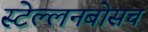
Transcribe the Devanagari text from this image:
स्‍टेल्‍लनबोसच